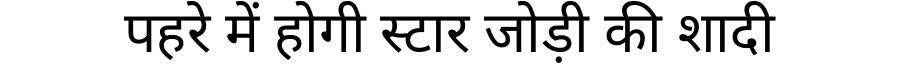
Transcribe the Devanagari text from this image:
पहरे में होगी स्टार जोड़ी की शादी